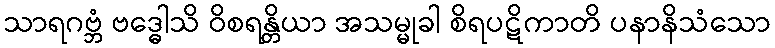
သာရဂဗ္ဘံ ဗဒ္ဓေါသိ ဝိစရန္တိယာ အသမ္မုခါ စိရပဋိကာတိ ပနာနိသံသော